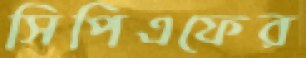
সিপিএফের